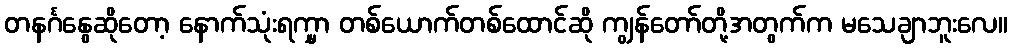
တနင်္ဂနွေဆိုတော့ နောက်သုံးရက္မှာ တစ်ယောက်တစ်ထောင်ဆို ကျွန်တော်တို့အတွက်က မသေချာဘူးလေ။